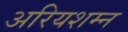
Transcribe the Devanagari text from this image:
अरियशम्न